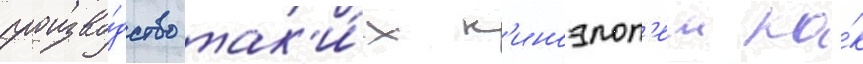
произво́дство так'и́х к'иноэпоп'еи ка́к